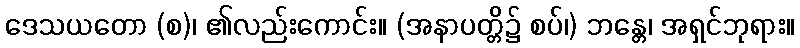
ဒေသယတော (စ)၊ ၏လည်းကောင်း။ (အနာပတ္တိ၌ စပ်၊) ဘန္တေ၊ အရှင်ဘုရား။